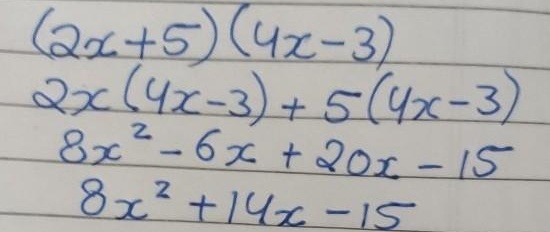
\[\begin{align*}
&(2x + 5)(4x - 3)\\
=&2x(4x - 3)+5(4x - 3)\\
=&8x^{2}-6x + 20x-15\\
=&8x^{2}+14x - 15
\end{align*}\]